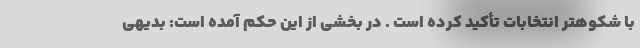
با شکوهتر انتخابات تأکید کرده است . در بخشی از این حکم آمده است: بدیهی